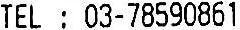
TEL : 03-78590861